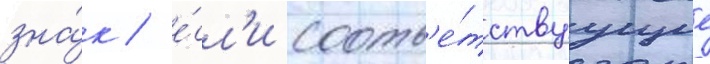
зна́к / е́сл'и соотв'е́тствуущие